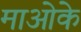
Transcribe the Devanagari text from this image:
माओके